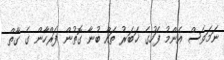
ނަމަވެސް އެންމު ފަހުގެ ޚަބަރު ތައް ބުނާ ގޮތުން ފަރްހާން ގެ ގާތް